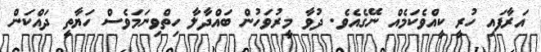
އަރާފައި ހުރީ ކީއްވެކަމެއް ނޭގެއެވެ. ދުވާ މީރުވަހުން ބައްދާލާ ހިތްވިނަމަވެސް ހަޔާތީ ދައްކަން